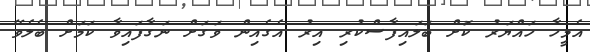
އެމީހާ ހައްޔަރު ކޮށް ބަލައިފާސްކުރި އިރު އެގެއިން ވަގަށް ނަގާފައިވާ ކަމަށް ބެލެވޭ